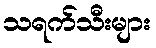
သရက်သီးများ